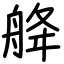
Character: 舽